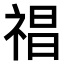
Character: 𥚕